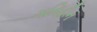
ગતિહીન